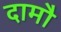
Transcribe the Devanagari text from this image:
दामौ